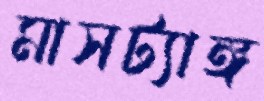
মাসট্যাঙ্গ